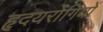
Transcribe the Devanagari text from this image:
हृदयरोगियों